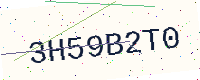
Text: 3H59B2T0